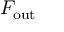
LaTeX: F _ { \mathrm { o u t } }